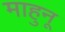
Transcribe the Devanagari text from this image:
माहुनू